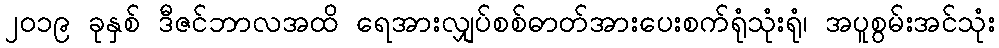
၂၀၁၉ ခုနှစ် ဒီဇင်ဘာလအထိ ရေအားလျှပ်စစ်ဓာတ်အားပေးစက်ရုံသုံးရုံ၊ အပူစွမ်းအင်သုံး